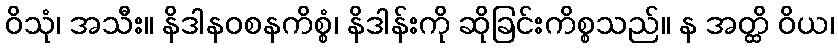
ဝိသုံ၊ အသီး။ နိဒါနဝစနကိစ္စံ၊ နိဒါန်းကို ဆိုခြင်းကိစ္စသည်။ န အတ္ထိ ဝိယ၊